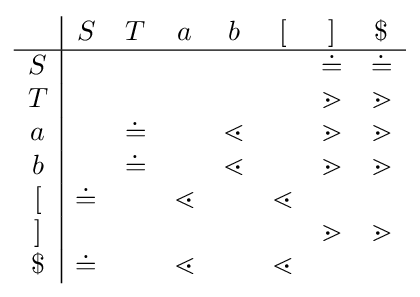
{\begin{array}{c|ccccccc}&S&T&a&b&[&]&\$\\\hline S&&&&&&\doteq &\doteq \\T&&&&&&\gtrdot &\gtrdot \\a&&\doteq &&\lessdot &&\gtrdot &\gtrdot \\b&&\doteq &&\lessdot &&\gtrdot &\gtrdot \\{\text{[}}&\doteq &&\lessdot &&\lessdot &&\\]&&&&&&\gtrdot &\gtrdot \\\$&\doteq &&\lessdot &&\lessdot &&\end{array}}